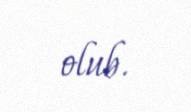
olub.